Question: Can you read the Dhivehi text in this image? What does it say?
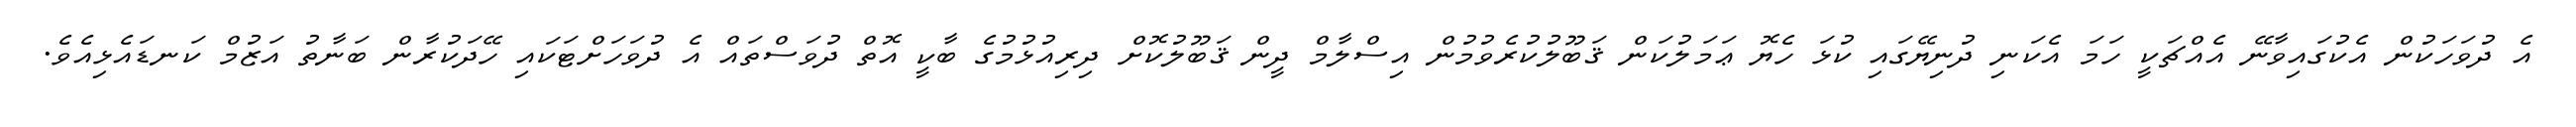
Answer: އެ ދުވަހަކުން އެކުގައިވާނޭ އެއްޗަކީ ހަމަ އެކަނި ދުނިޔޭގައި ކުޅަ ހެޔޮ ޢަމަލުކަން ޤަބޫލުކުރެވުމުން އިސްލާމް ދީން ޤަބޫލުކޮށް ދިރިއުޅުމުގެ ބާކީ އޮތް ދުވަސްތައް އެ ދުވަހަށްޓަކައި ހޭދަކުރާން ބަނާތު އަޒުމް ކަނޑައެޅިއެވެ.